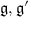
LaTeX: { \mathfrak { g } } , { \mathfrak { g } } ^ { \prime }